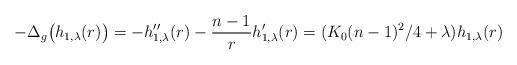
LaTeX: \begin{align*} - \Delta_{g} \bigl( h_{1,\lambda}(r) \bigr) = - h_{1,\lambda}^{\prime\prime}(r) -\frac{n-1}{r} h_{1,\lambda}^{\prime}(r) =( K_0(n-1)^2/4+\lambda )h_{1,\lambda}(r) \end{align*}